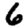
Digit: 6